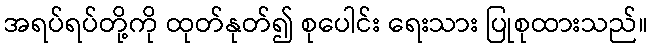
အရပ်ရပ်တို့ကို ထုတ်နုတ်၍ စုပေါင်း ရေးသား ပြုစုထားသည်။